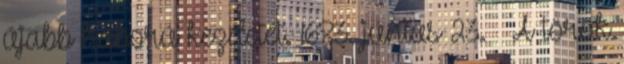
újabb háború kezdetét. 1683. június 23. – A török